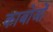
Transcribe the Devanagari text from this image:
काबोजों